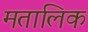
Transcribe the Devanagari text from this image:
मतालिक